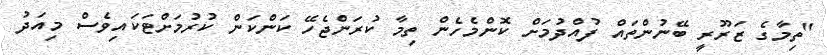
"ތިމާގެ ޒަރޫރީ ބޭނުންތައް ފުއްދުމަށް ކޮންމެހެން ތިމާ ކުރަންޖެހޭ ކަންކަން ކުރުމަށްޓަކައިވެސް މިއަދު